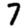
Digit: 7